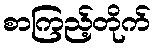
စာကြည့်တိုက်